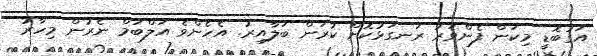
އަގުބޮޑީ މިކަން ފެންވަރު ރަނގަޅުކޮށް ކުރަން ބަލާއިރު. އެހެންވެ އަލްބަމް ނެރުން މިހާރު